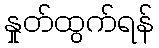
နှုတ်ထွက်ရန်